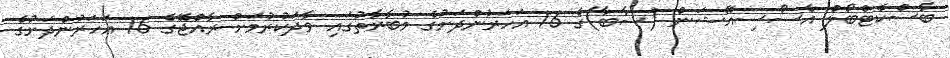
ބާސްކެޓްބޯލް އެސޯސިއޭޝަން (ސާބާ)ގެ 16 އަހަރުންދަށުގެ މުބާރާތުގައި ވާދަކުރުމަށް ރާއްޖޭގެ 16 އަހަރުންދަށުގެ